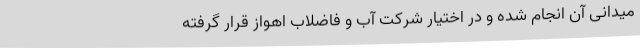
میدانی آن انجام شده و در اختیار شرکت آب و فاضلاب اهواز قرار گرفته